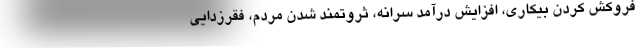
فروکش کردن بیکاری، افزایش درآمد سرانه، ثروتمند شدن مردم، فقرزدایی